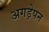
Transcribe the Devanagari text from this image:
अगड़ेपन